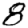
Digit: 8